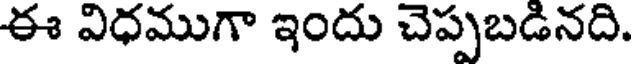
ఈ విధముగా ఇందు చెప్పబడినది.